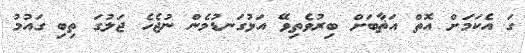
ގަ އެކަމަށް އޮތް އަޡާބަށް ބިރުވެތިވޭ އަޅުގަނޑުމެން ނުޖެހެ ޖަލުގަ ތިބި ގައުމު